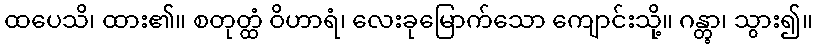
ထပေသိ၊ ထား၏။ စတုတ္ထံ ဝိဟာရံ၊ လေးခုမြောက်သော ကျောင်းသို့။ ဂန္တွာ၊ သွား၍။